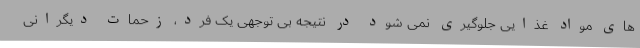
های مواد غذایی جلوگیری نمی شود در نتیجه بی توجهی یک فرد، زحمات دیگرانی